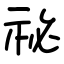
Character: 祕